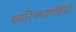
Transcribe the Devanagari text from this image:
ख्वरिज्मशाहियों